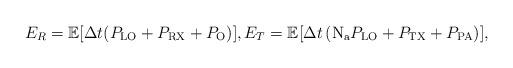
LaTeX: \begin{align*}E_R=\mathbb{E}[\Delta t (P_{\rm LO}+P_{\rm RX}+P_{\rm{O}})],E_T=\mathbb{E}[\Delta t \left(\mathrm{N_a}P_{\rm LO}+P_{\rm TX}+P_{\rm PA}\right)],\end{align*}